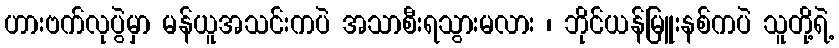
ဟားဗက်လုပွဲမှာ မန်ယူအသင်းကပဲ အသာစီးရသွားမလား ၊ ဘိုင်ယန်မြူးနစ်ကပဲ သူတို့ရဲ့